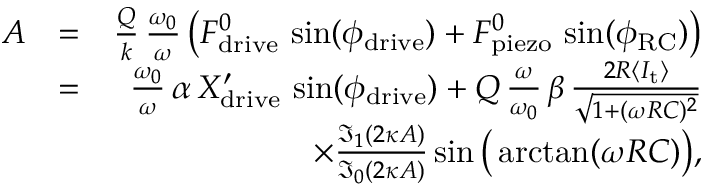
\begin{array} { r l r } { A } & { = } & { \frac { Q } { k } \, \frac { \omega _ { 0 } } { \omega } \, \big ( F _ { \mathrm { d r i v e } } ^ { 0 } \, \sin ( \phi _ { \mathrm { d r i v e } } ) + F _ { \mathrm { p i e z o } } ^ { 0 } \, \sin ( \phi _ { \mathrm { R C } } ) \big ) } \\ & { = } & { \frac { \omega _ { 0 } } { \omega } \, \alpha \, X _ { \mathrm { d r i v e } } ^ { \prime } \, \sin ( \phi _ { \mathrm { d r i v e } } ) + Q \, \frac { \omega } { \omega _ { 0 } } \, \beta \, \frac { 2 R \langle I _ { \mathrm { t } } \rangle } { \sqrt { 1 + ( \omega R C ) ^ { 2 } } } } \\ & { } & { \times \frac { \mathfrak { I } _ { 1 } ( 2 \kappa A ) } { \mathfrak { I } _ { 0 } ( 2 \kappa A ) } \sin \big ( \arctan ( \omega R C ) \big ) , } \end{array}